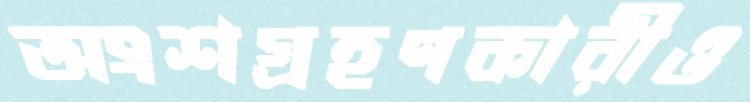
অংশগ্রহণকারীও